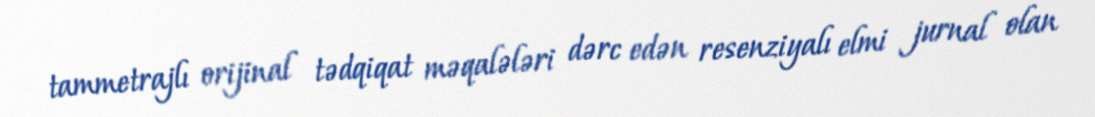
tammetrajlı orijinal tədqiqat məqalələri dərc edən resenziyalı elmi jurnal olan